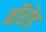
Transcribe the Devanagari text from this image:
बॉरोड